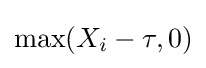
{\textstyle \max(X_{i}-\tau ,0)}